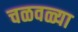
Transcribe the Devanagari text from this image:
चळवळ्या